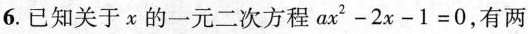
6.已知关于x的一元二次方程$$ax^{2}-2x-1=0$$，有两